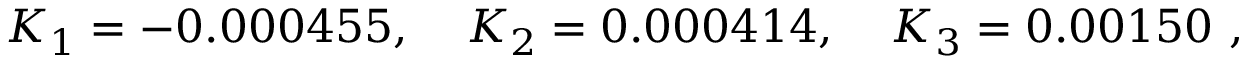
\begin{array} { l l l } { { K _ { 1 } = - 0 . 0 0 0 4 5 5 , \; } } & { { K _ { 2 } = 0 . 0 0 0 4 1 4 , \; } } & { { K _ { 3 } = 0 . 0 0 1 5 0 ~ , } } \end{array}